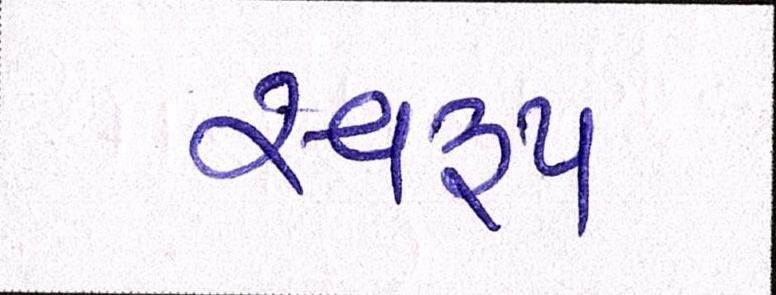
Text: સ્વરૃપ